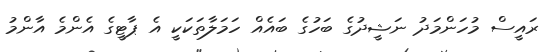
ރައީސް މުހަންމަދު ނަޝީދުގެ ބަހުގެ ބައެއް ހަމަލާތަކަކީ އެ ޕާޓީގެ އެންމެ އާންމު